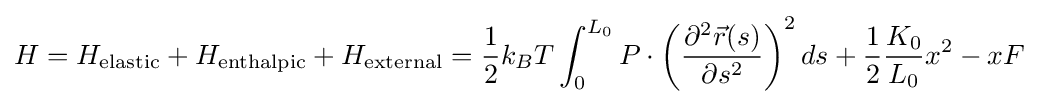
H=H_{\rm {elastic}}+H_{\rm {enthalpic}}+H_{\rm {external}}={\frac {1}{2}}k_{B}T\int _{0}^{L_{0}}P\cdot \left({\frac {\partial ^{2}{\vec {r}}(s)}{\partial s^{2}}}\right)^{2}ds+{\frac {1}{2}}{\frac {K_{0}}{L_{0}}}x^{2}-xF